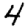
Digit: 4